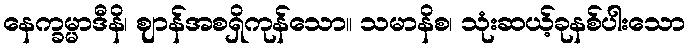
နေက္ခမ္မာဒီနိ၊ ဈာန်အစရှိကုန်သော။ သမာနိစ၊ သုံးဆယ့်ခုနစ်ပါးသော